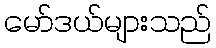
မော်ဒယ်များသည်